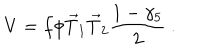
V = f \phi \vec { T } _ { 1 } \vec { T } _ { 2 } \frac { 1 - \gamma _ { 5 } } { 2 } ~ .